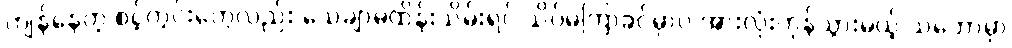
ကျန်နေတဲ့ စင့်ကွင်းတွေလည်း သေချာမထိန်းသိမ်းရင် သိပ်မကြာခင်မှာပဲ အားလုံးကုန်သွားမယ့် သဘောမှာ